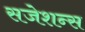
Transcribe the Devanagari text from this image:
सजेशन्स